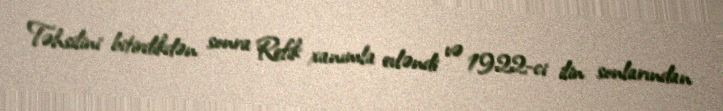
Təhsilini bitirdikdən sonra Refik xanımla evləndi və 1922-ci ilin sonlarından